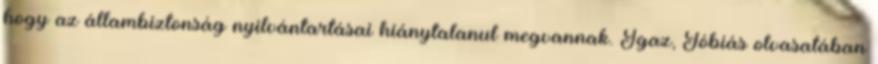
hogy az állambiztonság nyilvántartásai hiánytalanul megvannak. Igaz, Tóbiás olvasatában